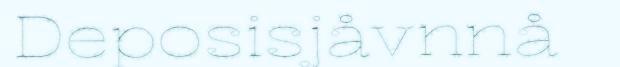
Deposisjåvnnå